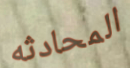
المحادثه